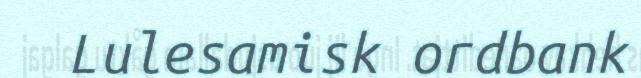
Lulesamisk ordbank